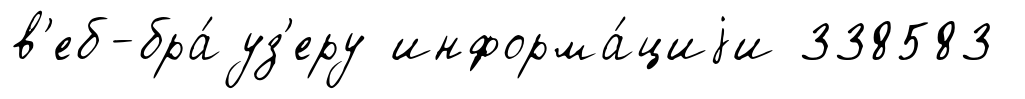
в'еб-бра́уз'еру информа́циjи 338583